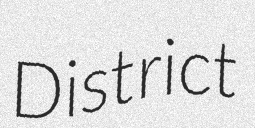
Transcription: District